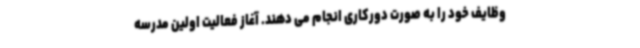
وظایف خود را به صورت دورکاری انجام می دهند. آغاز فعالیت اولین مدرسه